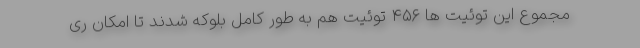
مجموع این توئیت ها ۴۵۶ توئیت هم به طور کامل بلوکه شدند تا امکان ری